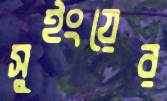
সুইংয়ের